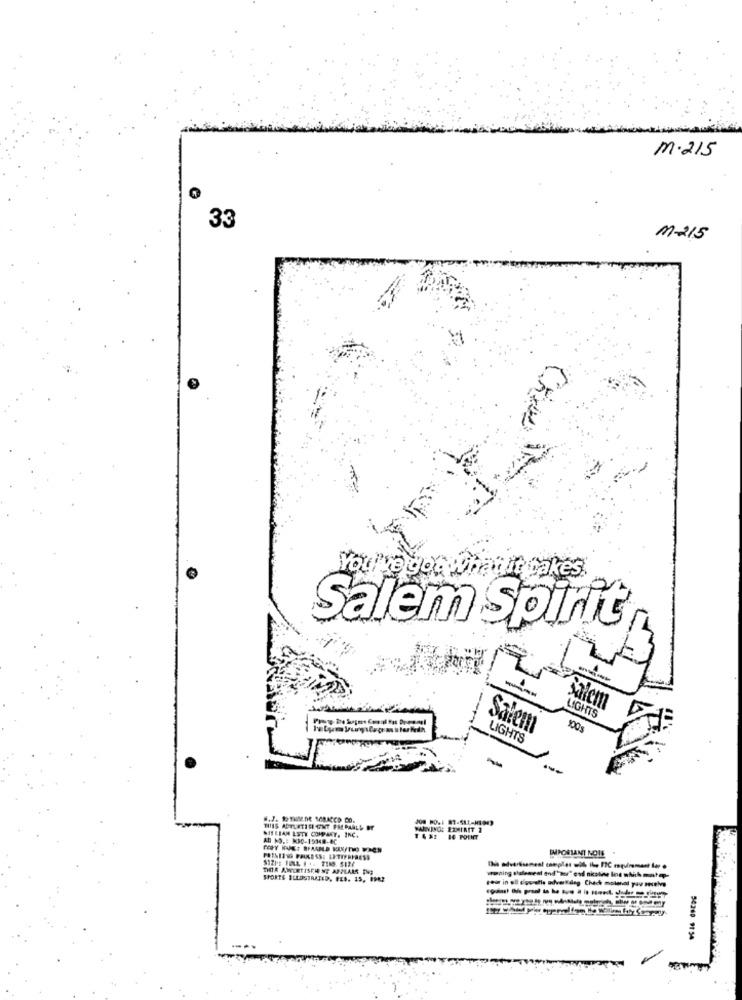
m.215
33
M215
You've got what it takes.
Salem Spirit
Salem
LIGHTS
Salem
LIGHTS
.J. THE.DE SERACCO CO.
MIT LIAM ISTY COMPART, INC.
WARNINGS EZMINIT 2
AD NO .: K30-15348-0C
14 POINT
IMPORTANT NOTE
SPORTS ILLUSTRATED, FEB. 15, POR2
year in all ciovalle adverkang Check motonal yav assis
54260 9154